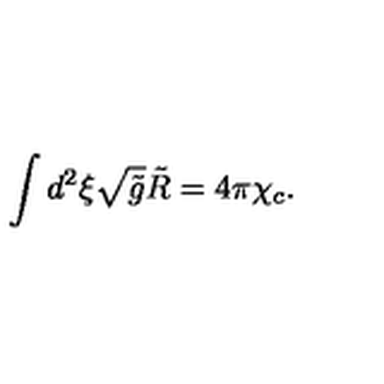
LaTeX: \int { d ^ { 2 } } \xi \sqrt { \tilde { g } } \tilde { R } = 4 \pi { \chi _ { c } } .